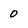
Character: 0